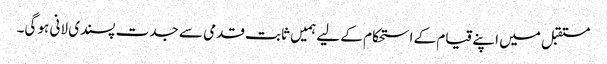
مستقبل میں اپنے قیام کے استحکام کے لیے ہمیں ثابت قدمی سے جدت پسندی لانی ہو گی۔